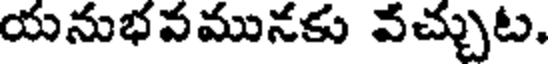
యనుభవమునకు వచ్చుట.